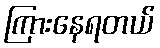
ကြားနေရတယ်